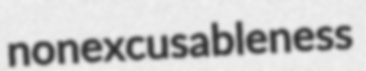
nonexcusableness